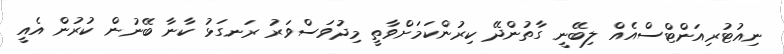
ނިއުޓުރިއަންޓްސްއެއް ލިބޭނީ ގާތުންދޭ ކިރުންކަމަށްވާތީ މިދުވަސްވަރު ރަނގަޅު ކާނާ ބޭނުން ކުރުން އެއީ